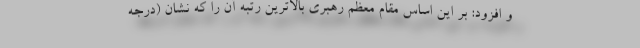
و افزود: بر این اساس مقام معظم رهبری بالاترین رتبه آن را که نشان (درجه